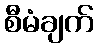
စီမံချက်